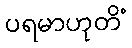
ပရမာဟုတိံ